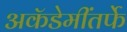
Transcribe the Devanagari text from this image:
अकॅडेमींतर्फे